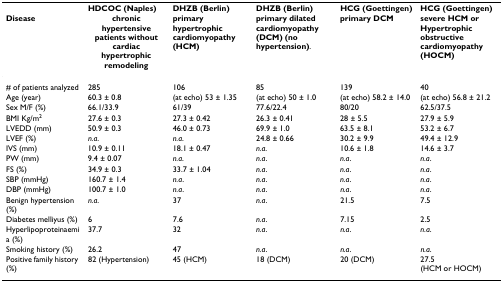
|  | HDCOC (Naples) | DHZB (Berlin) | DHZB (Berlin) | HCG (Goettingen) | HCG (Goettingen) |
 | Disease | chronic hypertensive patients without cardiac hypertrophic remodeling | primary hypertrophic cardiomyopathy (HCM) | primary dilated cardiomyopathy (DCM) (no hypertension). | primary DCM | severe HCM or Hypertrophic obstructive cardiomyopathy (HOCM) |
 | --- | --- | --- | --- | --- | --- |
 | # of patients analyzed | 285 | 106 | 85 | 139 | 40 |
 | Age (year) | 60.3 ± 0.8 | (at echo) 53 ± 1.35 | (at echo) 50 ± 1.0 | (at echo) 58.2 ± 14.0 | (at echo) 56.8 ± 21.2 |
 | Sex M/F (%) | 66.1/33.9 | 61/39 | 77.6/22.4 | 80/20 | 62.5/37.5 |
 | BMI Kg/m2 | 27.6 ± 0.3 | 27.3 ± 0.42 | 26.3 ± 0.41 | 28 ± 5.5 | 27.9 ± 5.9 |
 | LVEDD (mm) | 50.9 ± 0.3 | 46.0 ± 0.73 | 69.9 ± 1.0 | 63.5 ± 8.1 | 53.2 ± 6.7 |
 | LVEF (%) | n.a. | n.a. | 24.8 ± 0.66 | 30.2 ± 9.9 | 49.4 ± 12.9 |
 | IVS (mm) | 10.9 ± 0.11 | 18.1 ± 0.47 | n.a. | 10.6 ± 1.8 | 14.6 ± 3.7 |
 | PW (mm) | 9.4 ± 0.07 | n.a. | n.a. | n.a. | n.a. |
 | FS (%) | 34.9 ± 0.3 | 33.7 ± 1.04 | n.a. | n.a. | n.a. |
 | SBP (mmHg) | 160.7 ± 1.4 | n.a. | n.a. | n.a. | n.a. |
 | DBP (mmHg) | 100.7 ± 1.0 | n.a. | n.a. | n.a. | n.a. |
 | Benign hypertension (%) | n.a. | 37 | n.a. | 21.5 | 7.5 |
 | Diabetes melliyus (%) | 6 | 7.6 | n.a. | 7.15 | 2.5 |
 | Hyperlipoproteinaemia (%) | 37.7 | 32 | n.a. | n.a. | n.a. |
 | Smoking history (%) | 26.2 | 47 | n.a. | n.a. | n.a. |
 | Positive family history (%) | 82 (Hypertension) | 45 (HCM) | 18 (DCM) | 20 (DCM) | 27.5 (HCM or HOCM) |